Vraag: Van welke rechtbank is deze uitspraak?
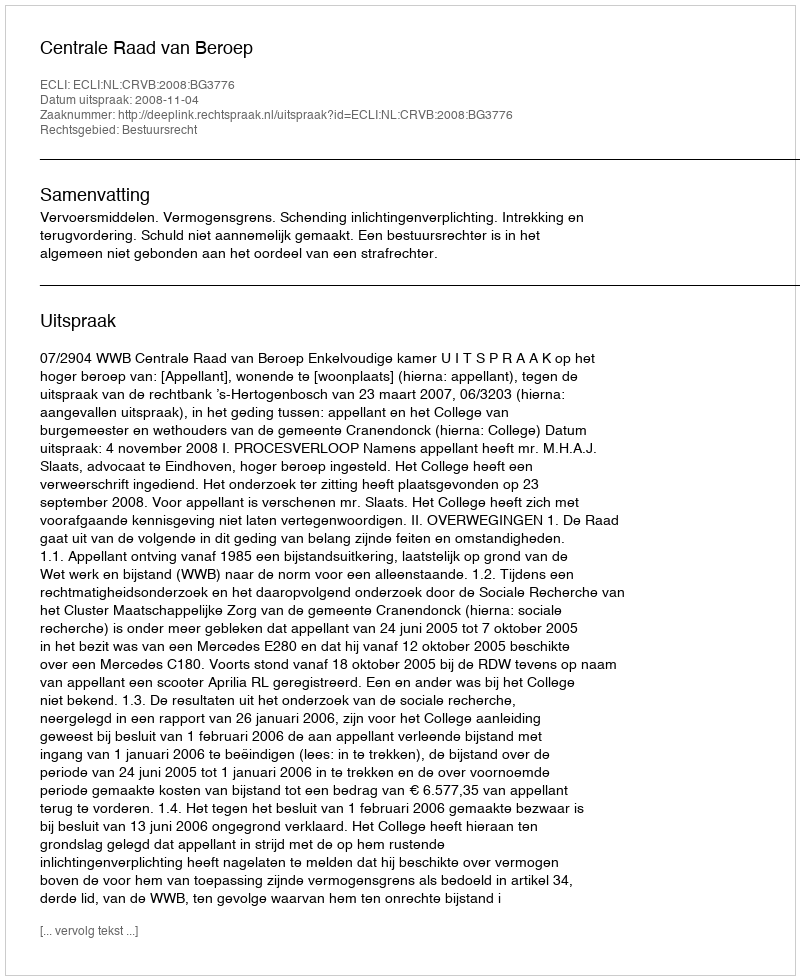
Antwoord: Centrale Raad van Beroep